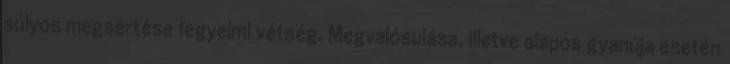
súlyos megsértése fegyelmi vétség. Megvalósulása, illetve alapos gyanúja esetén